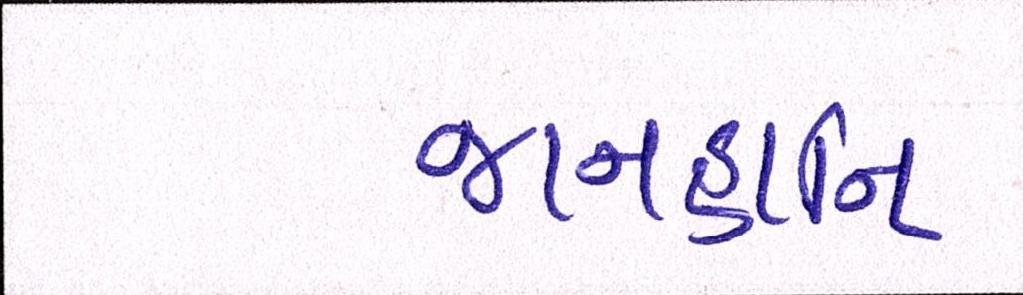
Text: જાનહાનિ